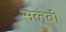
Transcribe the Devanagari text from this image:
सलेबी